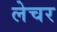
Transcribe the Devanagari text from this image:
लेचर